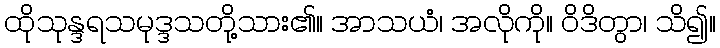
ထိုသုန္ဒရသမုဒ္ဒသတို့သား၏။ အာသယံ၊ အလိုကို။ ဝိဒိတွာ၊ သိ၍။